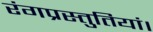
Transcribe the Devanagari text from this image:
रंगप्रस्तुतियां।